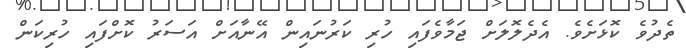
ތެދުވެ ކޮޅަށެވެ. އެދެލޮލަށް ޖަމާވެފައި ހުރި ކަރުނައިން އޭނާއަށް އަސަރު ކޮށްފައި ހުރިކަން